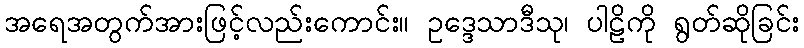
အရေအတွက်အားဖြင့်လည်းကောင်း။ ဥဒ္ဒေသာဒီသု၊ ပါဠိကို ရွတ်ဆိုခြင်း